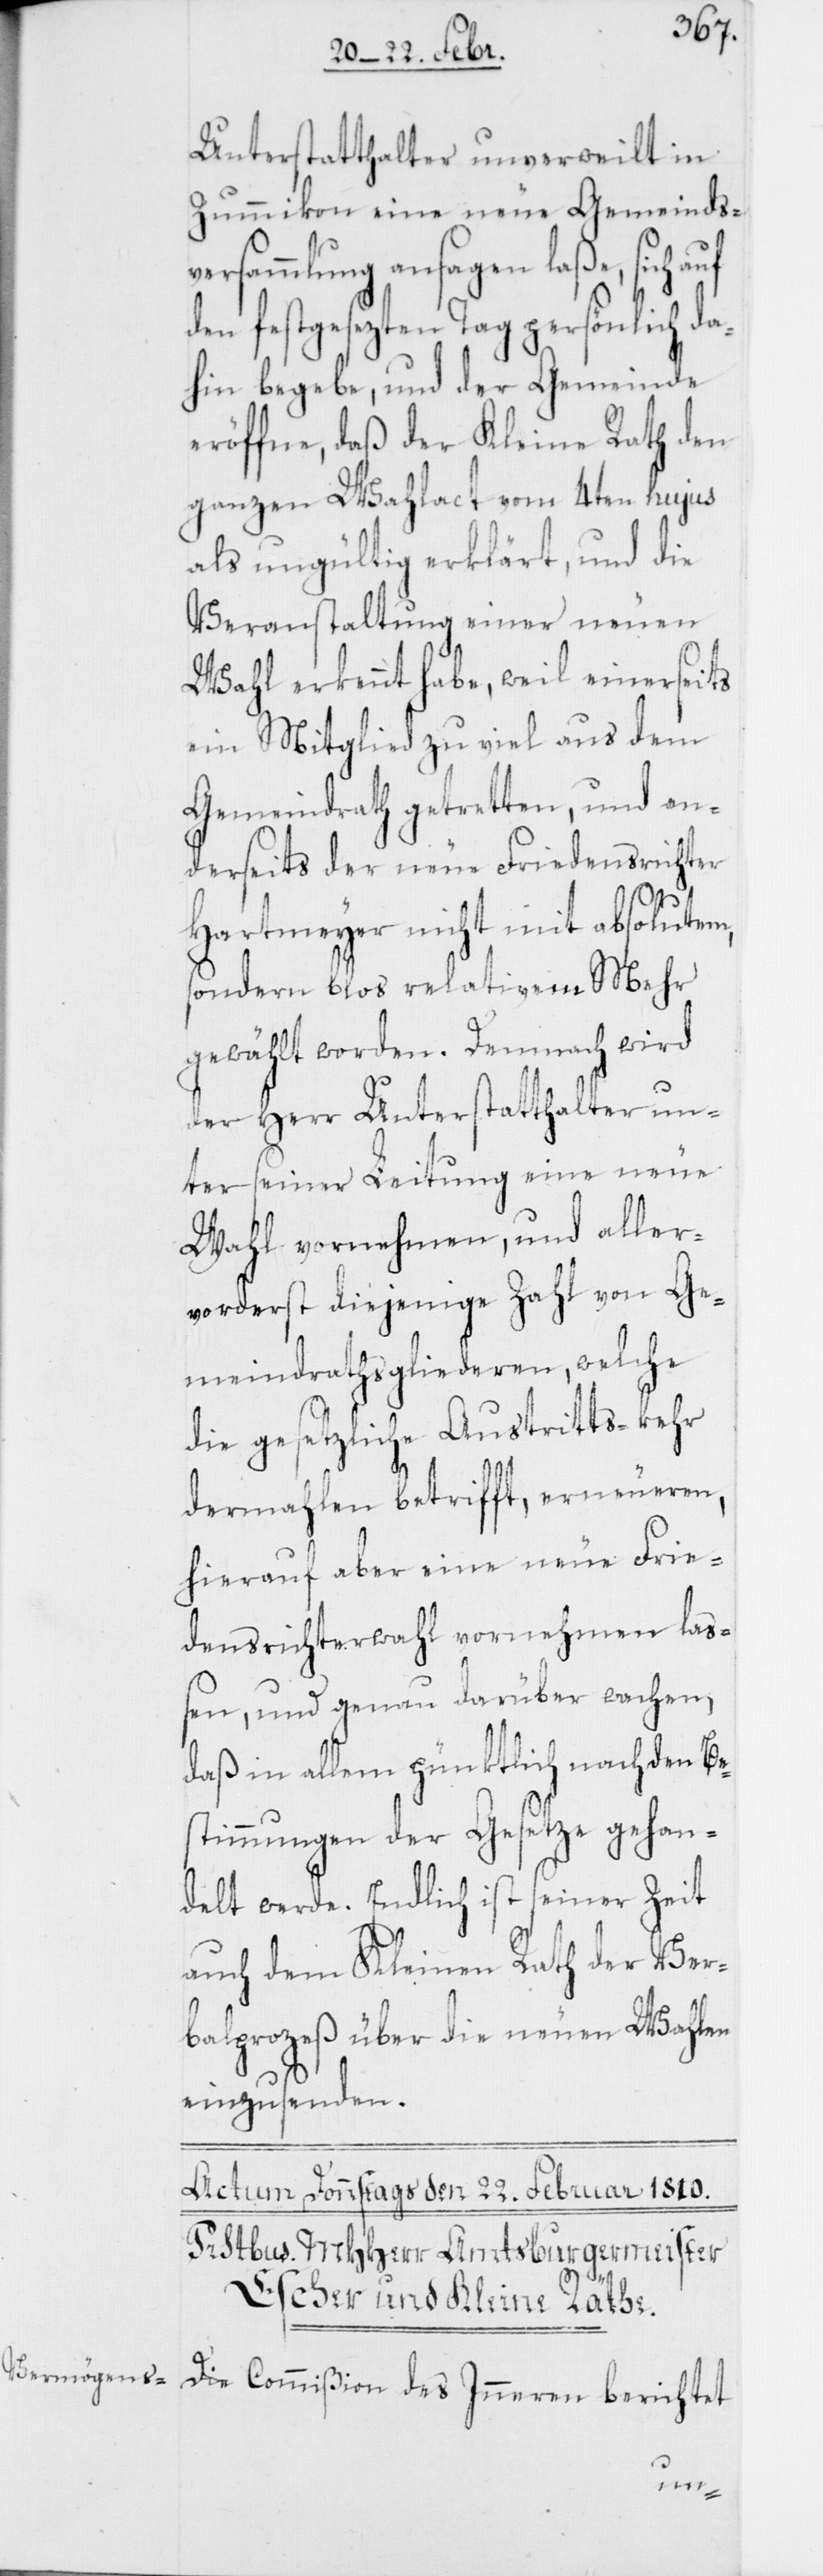
Unterstatthalter unverweilt in
Zummikon eine neue Gemeindsv¬
des Inneren berichtet
den festgesezten Tag persönlich da¬
hin begebe, und der Gemeinde
eröffne, daß der Kleine Rath den
ganzen Wahlact vom 4ten hujus
als ungültig erklärt, und die
Veranstaltung einer neuen
Wahl erkennt habe, weil einerseits
ein Mitglied zu viel aus dem
Gemeindrath getretten, und an¬
derseits der neue Friedensrichter
Hartmeyer nicht mit absolutem,
sondern blos relativem Mehr
gewählt worden. Demnach wird
der Herr Unterstatthalter un¬
ter seiner Leitung eine neue
Wahl vornehmen, und aller¬
vorderst diejenige Zahl von Ge¬
meindrathsgliederen, welche
die gesetzliche Austrittskehr
dermahlen betrifft, erneueren,
hierauf aber eine neue Frie¬
densrichterwahl vornehmen laß¬
en, und genau darüber wachen,
daß in allem pünktlich nach den Bes¬
timmungen der Gesetze gehan¬
delt werde. Endlich ist seiner Zeit
auch dem Kleinen Rath der Ver¬
balprozeß über die neuen Wahlen
einzusenden.